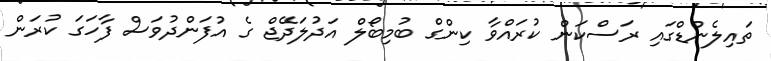
ތައިލެންޑްގައި ރަސްކަން ކުރައްވާ ކިންގް ބުމިބޯލް އަދުލަދޭޖް ގެ އުފަންދުވަސް ފާހަގަ ކުރަން